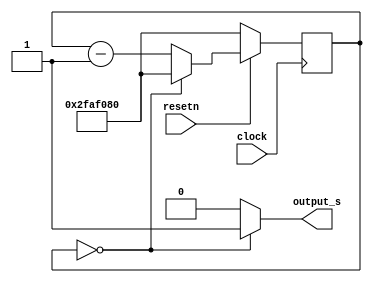
module framecounter(clock, resetn, output_s);
	input clock;
	input resetn;
	reg [27:0] frame_ct;
	output output_s;

	wire [27:0] d;
	
	assign d = 50_000_000;
	
	always @(posedge clock)
	begin
		if (!resetn) 
			frame_ct <= d;
		else
			begin 
				if (frame_ct == 0)
					frame_ct <= d;
				else
					frame_ct <= frame_ct - 1;
			end
	end
	assign output_s = (frame_ct == 0) ? 1'b1 : 1'b0;

endmodule